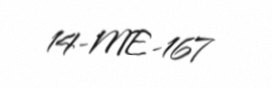
14-ME-167